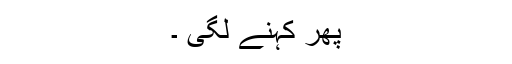
پھر کہنے لگی ۔